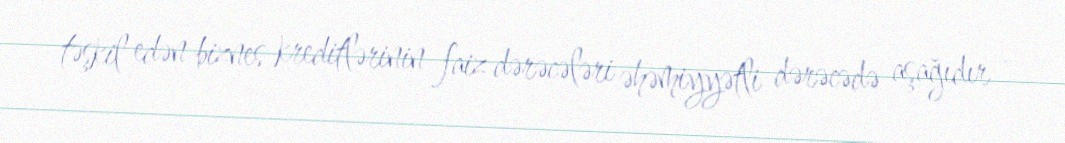
təşkil edən biznes kreditlərinin faiz dərəcələri əhəmiyyətli dərəcədə aşağıdır -